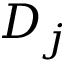
D _ { j }